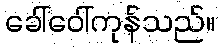
ခေါ်ဝေါ်ကုန်သည်။